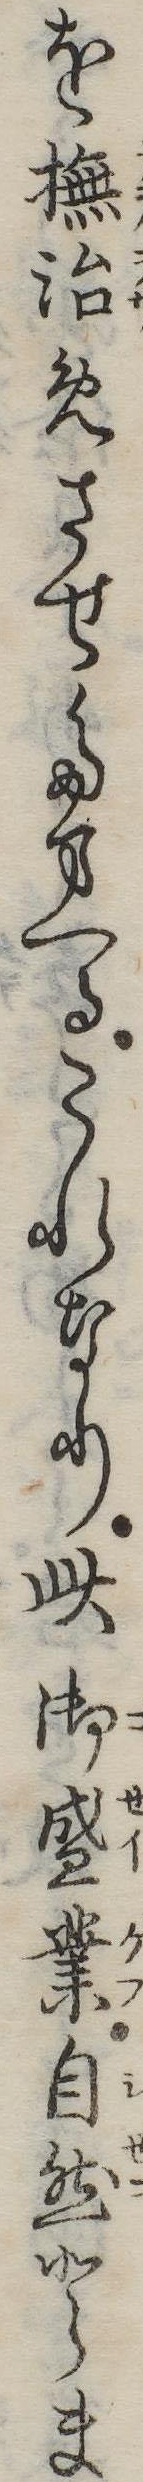
を撫治めさせたまへるこれなり此御盛業自然とま